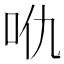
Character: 𠯾